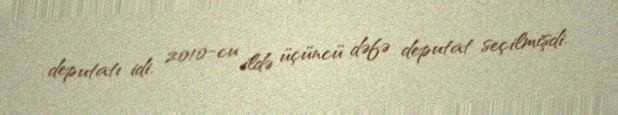
deputatı idi. 2010-cu ildə üçüncü dəfə deputat seçilmişdi.